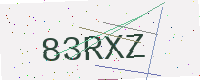
Text: 83RXZ